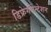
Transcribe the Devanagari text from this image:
डिफ्रेगमेन्टेशन